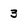
Character: 3